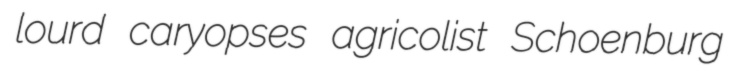
lourd caryopses agricolist Schoenburg